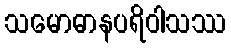
သမောဓာနပရိဝါသဿ